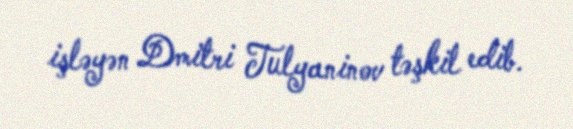
işləyən Dmitri Tulyaninov təşkil edib.